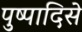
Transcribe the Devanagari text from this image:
पुष्पादिसे